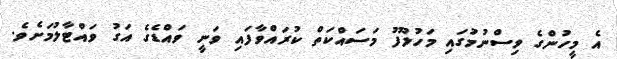
އެ މީހުންގެ ވިސްނުމުގައި މަހުލޫފު މަސައްކަތް ކުރައްވާފައި ވަނީ ވައްޑެގެ އަގު ވައްޓާލުމަށެވެ.